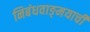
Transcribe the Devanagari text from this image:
निबंधवाङ्‌मयाची